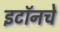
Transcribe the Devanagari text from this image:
इटॉनचे